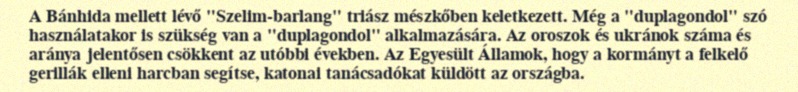
A Bánhida mellett lévő "Szelim-barlang" triász mészkőben keletkezett. Még a "duplagondol" szó használatakor is szükség van a "duplagondol" alkalmazására. Az oroszok és ukránok száma és aránya jelentősen csökkent az utóbbi években. Az Egyesült Államok, hogy a kormányt a felkelő gerillák elleni harcban segítse, katonai tanácsadókat küldött az országba.